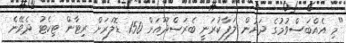
"މި އެއްބަސްވުމުގެ ދަށުން ލަފާކުރަނީ ބެރަސްދޫއަށް 150 ޑޮލަރަށް ރިޓާން ޓިކެޓު ދެވޭނެ